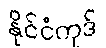
နိုင်ငံကုဒ်